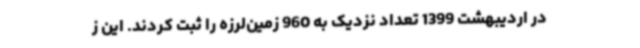
در اردیبهشت 1399 تعداد نزدیک به 960 زمین‌لرزه را ثبت کردند. این ز